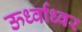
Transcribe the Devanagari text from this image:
ऊर्ध्वाध्वर